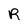
Character: R